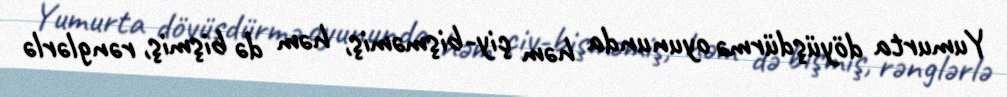
Yumurta döyüşdürmə oyununda həm çiy-bişməmiş, həm də bişmiş, rənglərlə